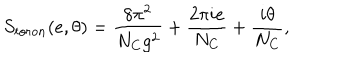
LaTeX: S _ { t o r o n } ( e , \theta ) = \frac { 8 \pi ^ { 2 } } { N _ { C } g ^ { 2 } } + \frac { 2 \pi i e } { N _ { C } } + \frac { i \theta } { N _ { C } } ,